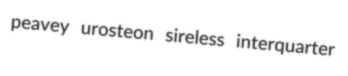
peavey urosteon sireless interquarter